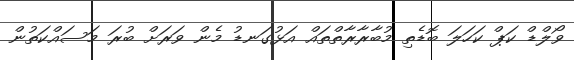
ވޯލްޑް ކަޕް ކަހަލަ ބޮޑެތި މުބާރާރާތްތައް އަޅުގަނޑު މެން ވަރަށް ބުރަ މަސައްކަތުން